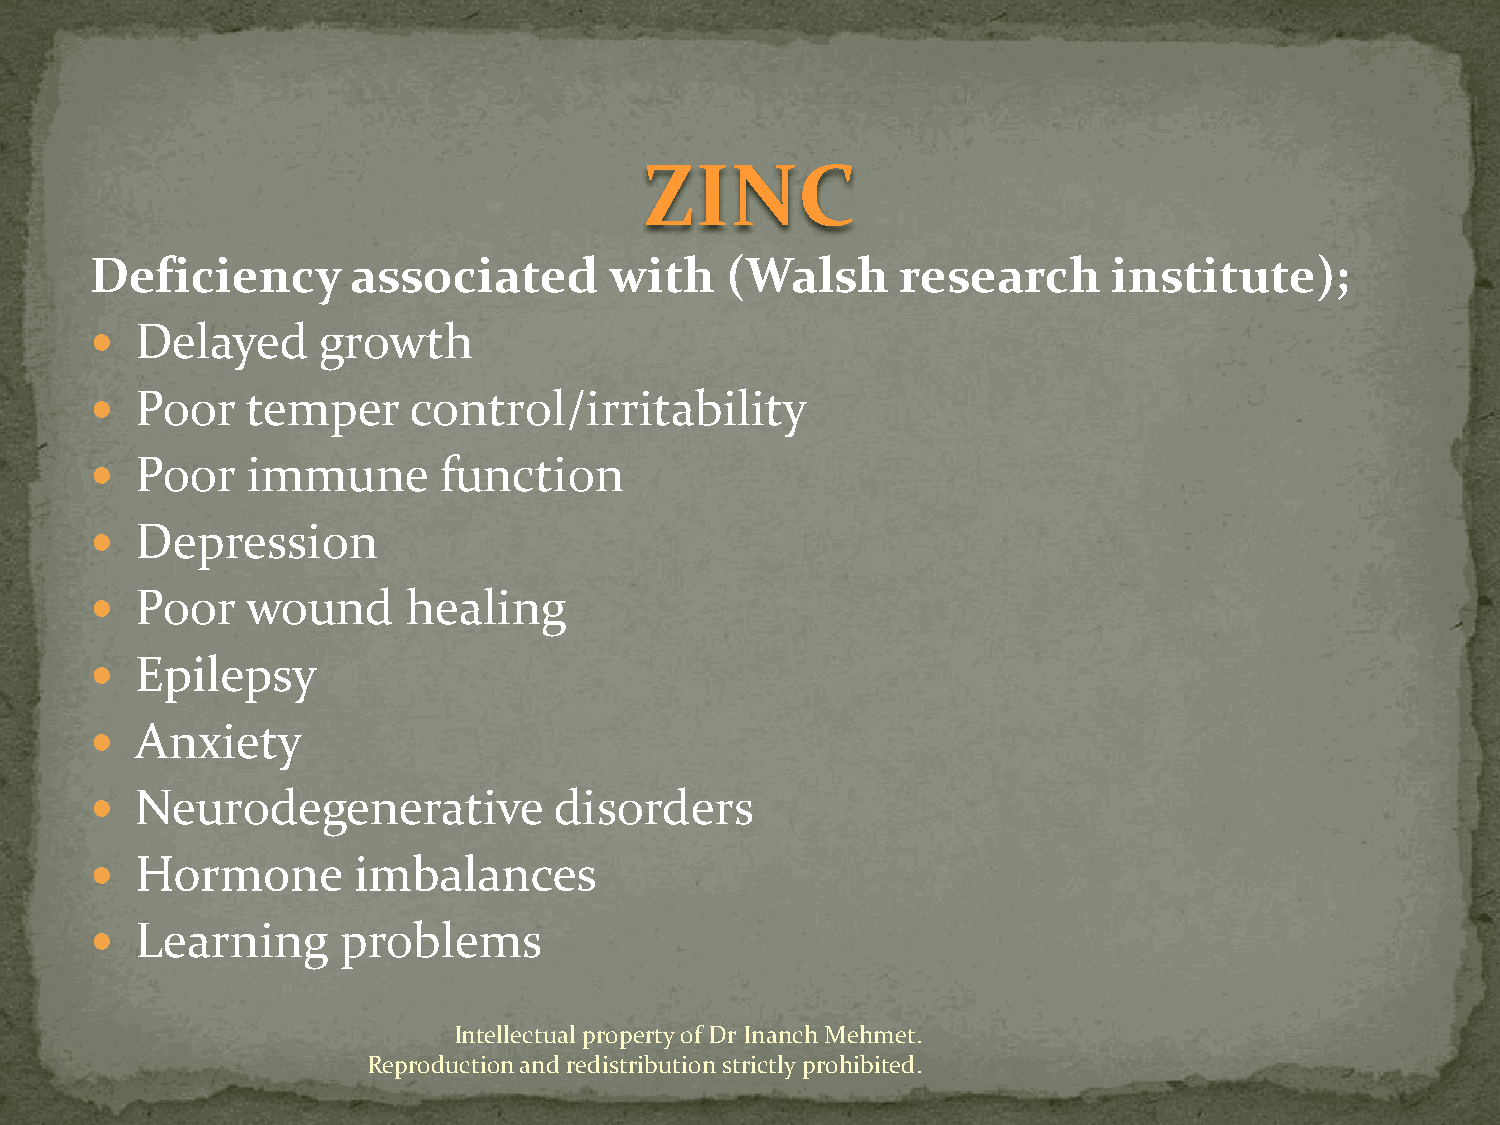
ZINC
 Deficiency       associated       with    (Walsh      research      institute);
   Delayed     growth
   Poor   temper     control/irritability
   Poor   immune       function
   Depression
   Poor   wound      healing
   Epilepsy
   Anxiety
   Neurodegenerative           disorders
   Hormone       imbalances
   Learning      problems
 Intellectual property of Dr Inanch Mehmet.
 Reproduction and redistribution strictly prohibited.